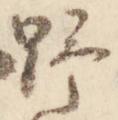
野